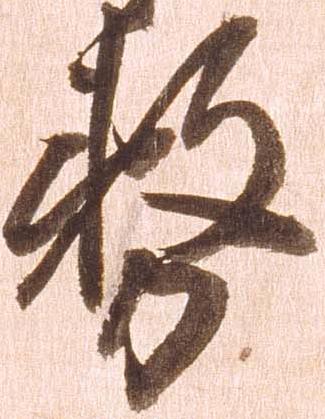
務